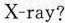
X-ray?